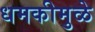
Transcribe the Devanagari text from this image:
धमकीमुळे